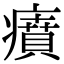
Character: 㿎